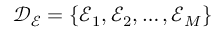
\mathcal { D } _ { \mathcal { E } } = \{ \mathcal { E } _ { 1 } , \mathcal { E } _ { 2 } , \ldots , \mathcal { E } _ { M } \}